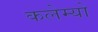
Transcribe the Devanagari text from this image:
कलेम्यो